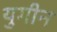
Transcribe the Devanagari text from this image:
युगीन